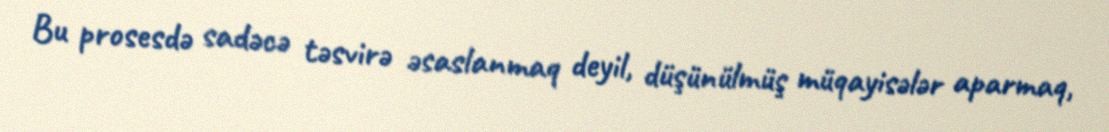
Bu prosesdə sadəcə təsvirə əsaslanmaq deyil, düşünülmüş müqayisələr aparmaq,